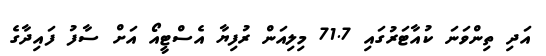
އަދި ތިންވަނަ ކުއާޓަރުގައި 71.7 މިލިއަން ރުފިޔާ އެސްޓީއޯ އަށް ސާފު ފައިދާގެ